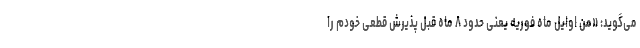
می‌گوید: «من اوایل ماه فوریه یعنی حدود ۸ ماه قبل پذیرش قطعی خودم را